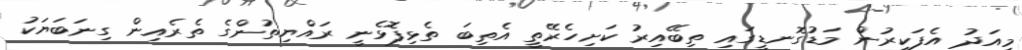
މިއަދު އެފަކީރުން މަޑުގޮނޑީގައި ތިބޭއިރު ކަށިހެރޭތީ އެތިބަ ތެޅިފޮޅެނީ ރައްޔިތުންގެ ތެރެއިން ގިނަބަޔަކު